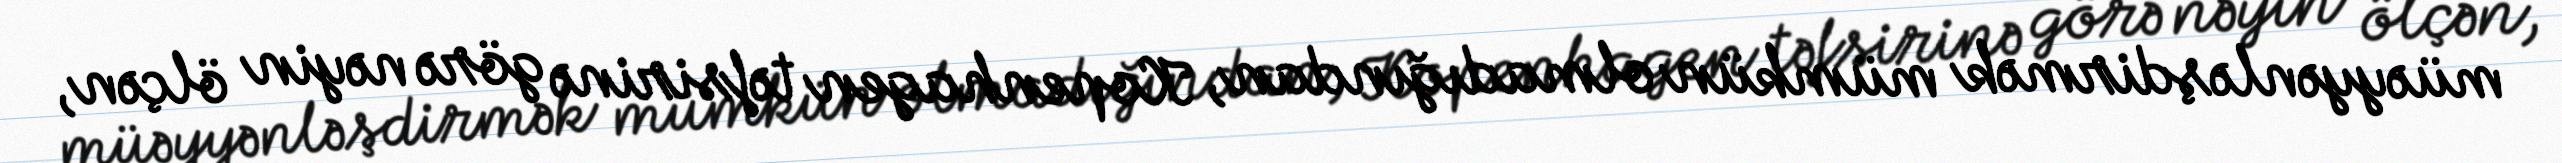
müəyyənləşdirmək mümkün olmadığından, Kopenhagen təfsirinə görə nəyin ölçən,